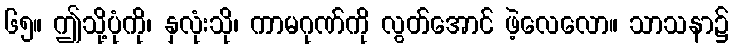
၆၅။ ဤသို့ပုံကို၊ နှလုံးသို၊ ကာမဂုဏ်ကို လွတ်အောင် ဖဲ့လေလော။ သာသနာ၌